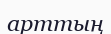
арттың